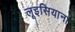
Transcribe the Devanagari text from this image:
लूइसियाना